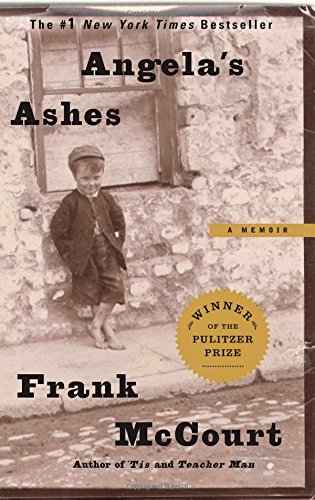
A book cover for Angela's Ashes: A Memoir; Frank McCourt; Biographies & Memoirs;